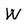
Character: W